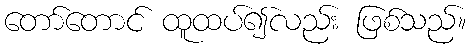
တော်တောင် ထူထပ်၍လည်း ဖြစ်သည်။